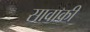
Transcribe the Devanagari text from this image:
सावाकी